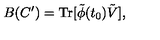
B ( C ^ { \prime } ) = \mathrm { T r } [ \tilde { \phi } ( t _ { 0 } ) \tilde { V } ] ,